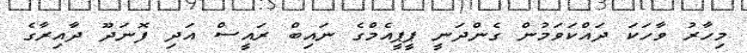
މިހާރު ވާހަކަ ދައްކަވަމުން ގެންދަނީ ޕީޕީއެމްގެ ނައިބް ރައީސް އަދި ފޮނަދޫ ދާއިރާގެ